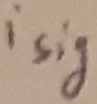
Text: isig